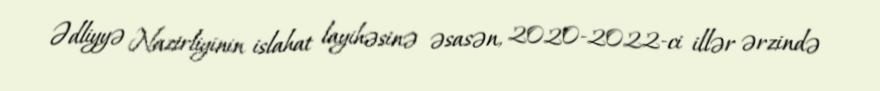
Ədliyyə Nazirliyinin islahat layihəsinə əsasən, 2020-2022-ci illər ərzində